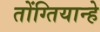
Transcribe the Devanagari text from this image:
तोंग्तियान्हे